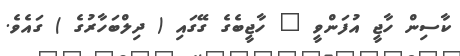
ކާސިން ހާޖީ އުފަންވީ " ހާޖީބެގެ ގޭގައި ( ދިލްބަހާރުގެ ) ގައެވެ.